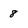
Character: 8